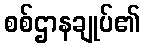
စစ်ဌာနချုပ်၏